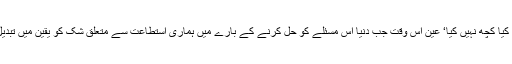
دہشت گردی کے خلاف جنگ جیتنے کے لیے ہم نے کیا کچھ نہیں کیا‘ عین اس وقت جب دنیا اس مسئلے کو حل کرنے کے بارے میں ہماری استطاعت سے متعلق شک کو یقین میں تبدیل کر چکی تھی، ہم نے تعاون کی اپیل کو بے نیام کیا۔